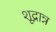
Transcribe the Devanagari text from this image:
शूद्रान्न